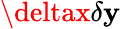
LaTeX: \deltax\delta\mathbf{y}